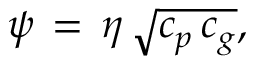
\psi \, = \, \eta \, { \sqrt { c _ { p } \, c _ { g } } } ,